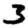
Digit: 3